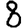
Digit: 8